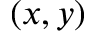
( x , y )